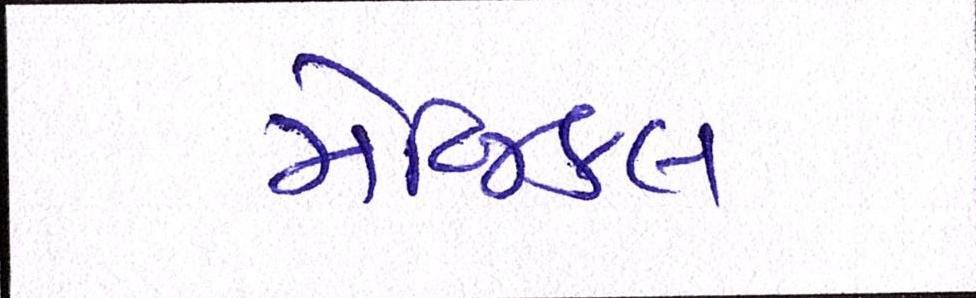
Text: મેજિકલ